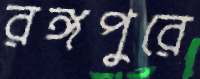
রঙ্গপুরে